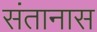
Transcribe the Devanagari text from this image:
संतानास